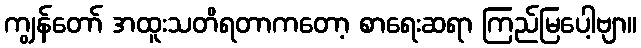
ကျွန်တော် အထူးသတိရတာကတော့ စာရေးဆရာ ကြည်မြပေါ့ဗျာ။